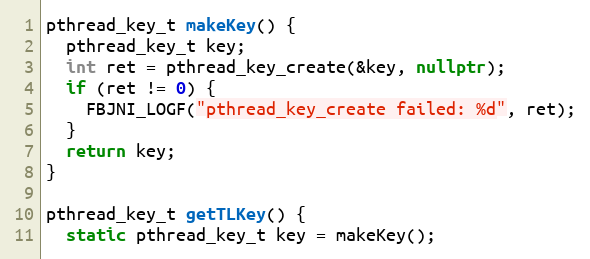
Language: C++
pthread_key_t makeKey() {
  pthread_key_t key;
  int ret = pthread_key_create(&key, nullptr);
  if (ret != 0) {
    FBJNI_LOGF("pthread_key_create failed: %d", ret);
  }
  return key;
}

pthread_key_t getTLKey() {
  static pthread_key_t key = makeKey();